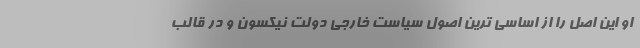
او این اصل را از اساسی ترین اصول سیاست خارجی دولت نیکسون و در قالب